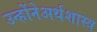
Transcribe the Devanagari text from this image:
उन्होंनेअर्थशास्त्र